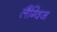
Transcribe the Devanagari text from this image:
लैंग्विज